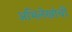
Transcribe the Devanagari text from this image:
अभिलेखांची